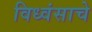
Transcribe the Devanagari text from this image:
विध्वंसाचे